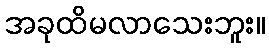
အခုထိမလာသေးဘူး။